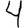
Digit: 4